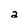
Character: 2